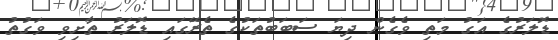
ޑޮލަރުގެ އަގު މަތި ވެގެން ދިޔަ ސަބަބުތަކުގެ ތެރޭގައި ޑޮލަރު ތާށިވި ވަގުތު